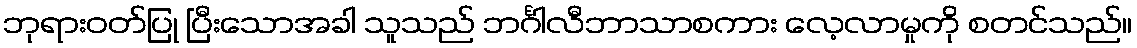
ဘုရားဝတ်ပြု ပြီးသောအခါ သူသည် ဘင်္ဂါလီဘာသာစကား လေ့လာမှုကို စတင်သည်။